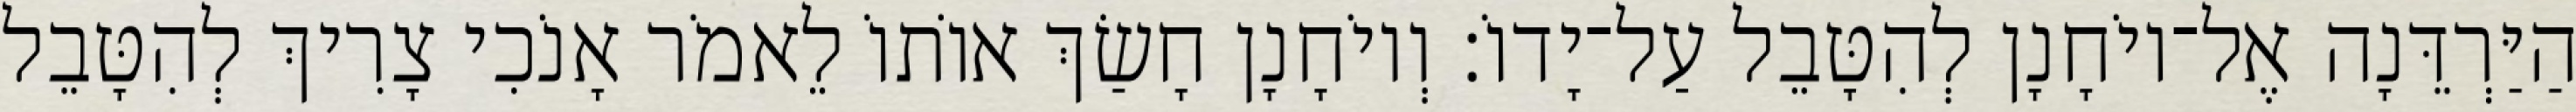
הַיַּרְדֵּנָה אֶל־יוֹחָנָן לְהִטָּבֵל עַל־יָדוֹ׃ וְיוֹחָנָן חָשַׂךְ אוֹתוֹ לֵאמֹר אָנֹכִי צָרִיךְ לְהִטָּבֵל